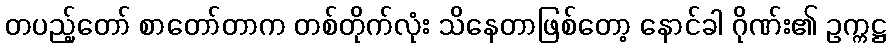
တပည့်တော် စာတော်တာက တစ်တိုက်လုံး သိနေတာဖြစ်တော့ နောင်ခါ ဂိုဏ်း၏ ဥက္ကဋ္ဌ